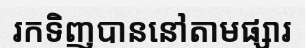
រកទិញបាននៅតាមផ្សារ